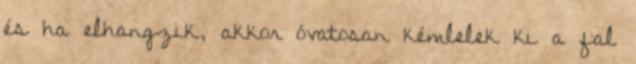
és ha elhangzik, akkor óvatosan kémlelek ki a fal